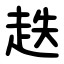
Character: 趃